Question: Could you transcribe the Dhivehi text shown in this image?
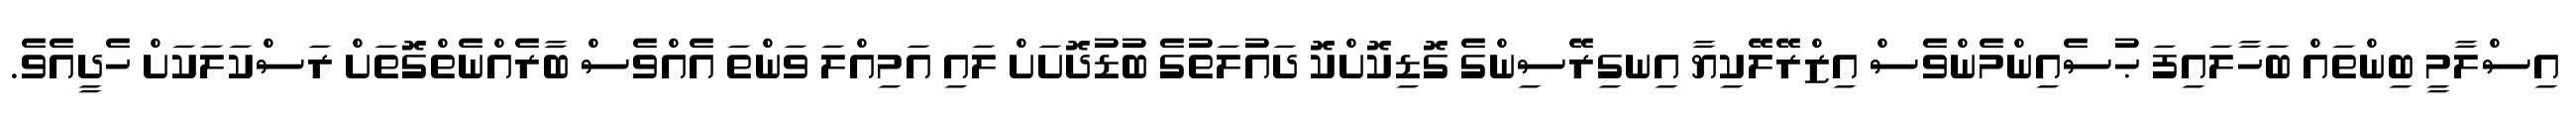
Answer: އިސްލާމީ ބިންތައް ބަހާލައިފަ ޙުސެއިންމެންވެސް އިޒްރޭލޭކިޔާ އިނގިރޭސިންގެ ގޮޑިކޮށްކޮ ދައުލަތުގެ ބުޑުދޮށަށް ލައި އަމިއްލަ ވަންތަ އެއްވެސް ބާރެއްނެތްގޮތަށް ރަސްކަލަކަށް ހެދީއެވެ.